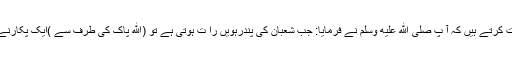
حضرت عثمان بن ابی العاص رضی اللہ عنہ نبی کریم صلى الله عليه وسلم سے روایت کرتے ہیں کہ آ پ صلى الله عليه وسلم نے فرمایا: جب شعبان کی پندرہویں را ت ہوتی ہے تو (الله پاک کی طرف سے )ایک پکارنے والا پکارتاہے کہ” کیا کوئی مغفرت کا طالب ہے کہ میں اس کی مغفرت کردوں ؟